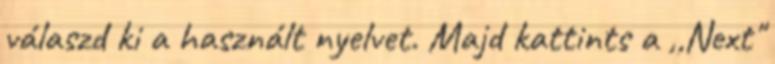
válaszd ki a használt nyelvet. Majd kattints a ,,Next"